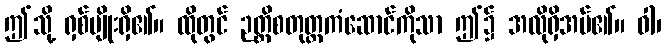
ဤသို့ ရှစ်မျိုးရှိ၏။ ထိုတွင် ဉတ္တိစတုတ္ထကံဆောင်ကိုသာ ဤ၌ အလိုရှိအပ်၏။ ဝါ၊